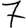
Digit: 7